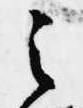
之